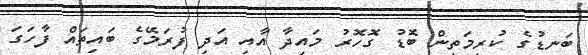
ބަނޑުގެ ކުރިމަތިން ބޮޑު ގޮހޮރު މައިދާ އާއި އަދި ފުރަމޭގެ ބައިތައް ފާހަގަ